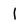
Character: 1